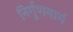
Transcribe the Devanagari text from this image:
निर्गुणमार्ग